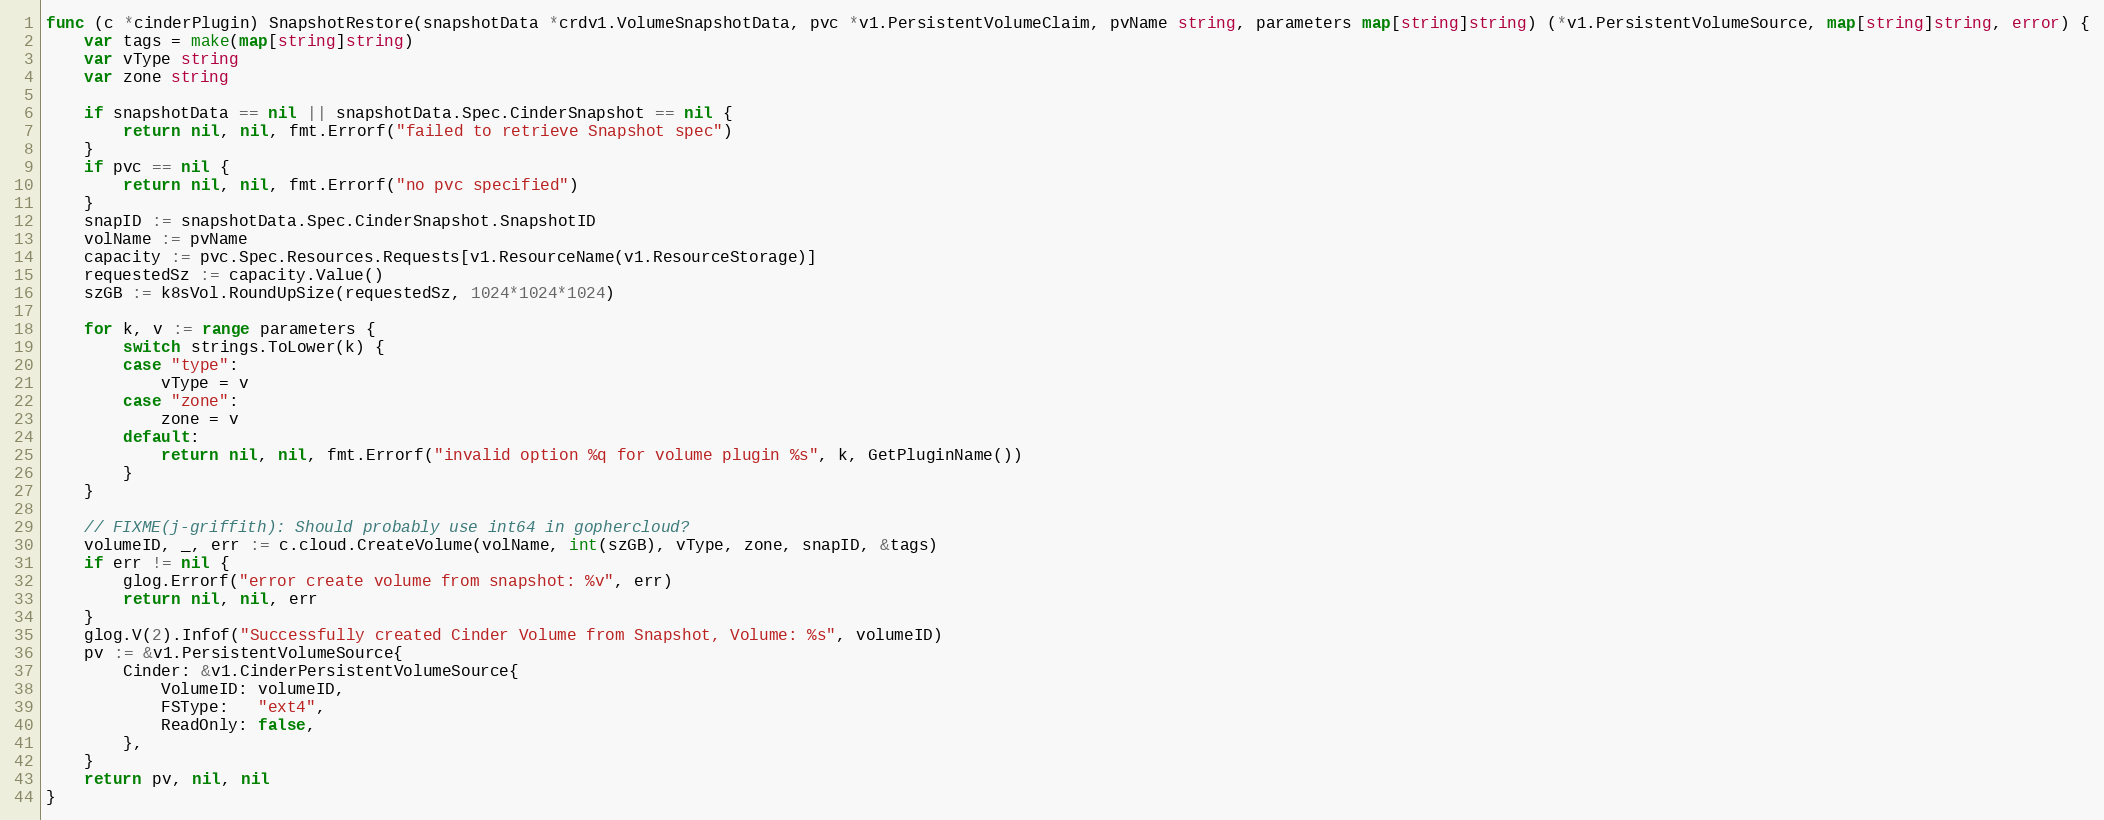
Language: Go
func (c *cinderPlugin) SnapshotRestore(snapshotData *crdv1.VolumeSnapshotData, pvc *v1.PersistentVolumeClaim, pvName string, parameters map[string]string) (*v1.PersistentVolumeSource, map[string]string, error) {
	var tags = make(map[string]string)
	var vType string
	var zone string

	if snapshotData == nil || snapshotData.Spec.CinderSnapshot == nil {
		return nil, nil, fmt.Errorf("failed to retrieve Snapshot spec")
	}
	if pvc == nil {
		return nil, nil, fmt.Errorf("no pvc specified")
	}
	snapID := snapshotData.Spec.CinderSnapshot.SnapshotID
	volName := pvName
	capacity := pvc.Spec.Resources.Requests[v1.ResourceName(v1.ResourceStorage)]
	requestedSz := capacity.Value()
	szGB := k8sVol.RoundUpSize(requestedSz, 1024*1024*1024)

	for k, v := range parameters {
		switch strings.ToLower(k) {
		case "type":
			vType = v
		case "zone":
			zone = v
		default:
			return nil, nil, fmt.Errorf("invalid option %q for volume plugin %s", k, GetPluginName())
		}
	}

	// FIXME(j-griffith): Should probably use int64 in gophercloud?
	volumeID, _, err := c.cloud.CreateVolume(volName, int(szGB), vType, zone, snapID, &tags)
	if err != nil {
		glog.Errorf("error create volume from snapshot: %v", err)
		return nil, nil, err
	}
	glog.V(2).Infof("Successfully created Cinder Volume from Snapshot, Volume: %s", volumeID)
	pv := &v1.PersistentVolumeSource{
		Cinder: &v1.CinderPersistentVolumeSource{
			VolumeID: volumeID,
			FSType:   "ext4",
			ReadOnly: false,
		},
	}
	return pv, nil, nil
}